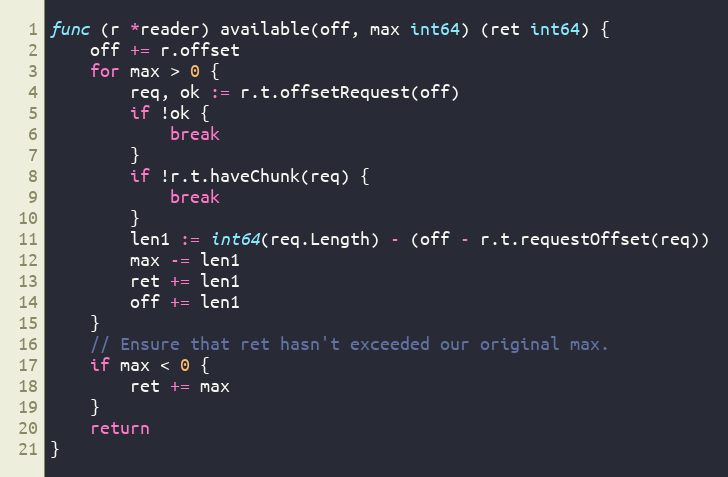
Language: Go
func (r *reader) available(off, max int64) (ret int64) {
	off += r.offset
	for max > 0 {
		req, ok := r.t.offsetRequest(off)
		if !ok {
			break
		}
		if !r.t.haveChunk(req) {
			break
		}
		len1 := int64(req.Length) - (off - r.t.requestOffset(req))
		max -= len1
		ret += len1
		off += len1
	}
	// Ensure that ret hasn't exceeded our original max.
	if max < 0 {
		ret += max
	}
	return
}